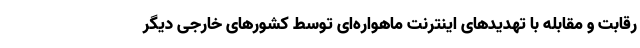
رقابت و مقابله با تهدیدهای اینترنت ماهواره‌ای توسط کشورهای خارجی دیگر